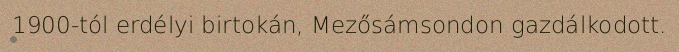
1900-tól erdélyi birtokán, Mezősámsondon gazdálkodott.